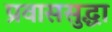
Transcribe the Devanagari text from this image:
प्रवाससुद्धा